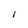
Character: I